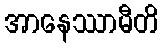
အာနေဿာမီတိ